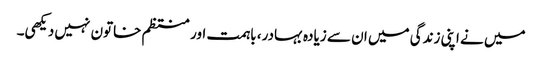
میں نے اپنی زندگی میں ان سے زیادہ بہادر، باہمت اور منتظم خاتون نہیں دیکھی۔